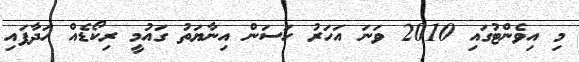
މި އިވެންޓުގައި 2010 ވަނަ އަހަރު ހަސަން އިނާޔަތު ގައުމީ ރިކޯޑެއް ހަދާފައި